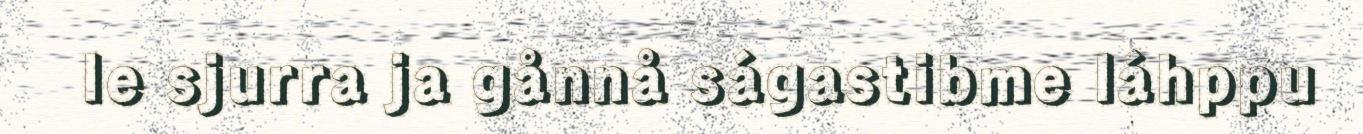
le sjurra ja gånnå ságastibme láhppu